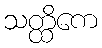
သတ္ထိကေ